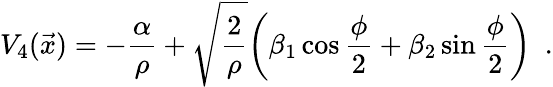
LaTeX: V_{4}(\vec{x})=-{\frac{\alpha}{\rho}}+\sqrt{\frac{2}{\rho}}\bigg(\beta_{1}\cos{\frac{\phi}{2}}+\beta_{2}\sin{\frac{\phi}{2}}\bigg)\enspace.